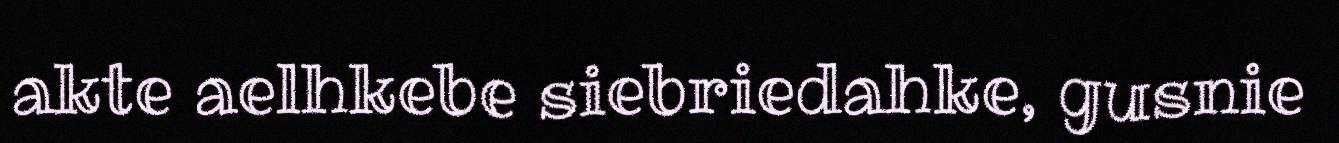
akte aelhkebe siebriedahke, gusnie